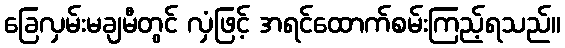
ခြေလှမ်းမချမီတွင် လှံဖြင့် အရင်ထောက်စမ်းကြည့်ရသည်။